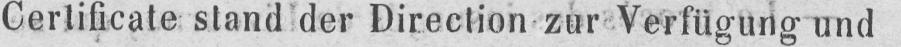
Certificate stand der Direction zur Verfügung und